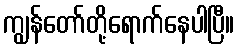
ကျွန်တော်တို့ရောက်နေပါပြီ။